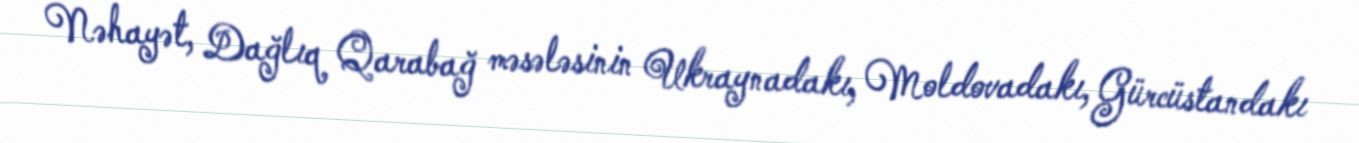
Nəhayət, Dağlıq Qarabağ məsələsinin Ukraynadakı, Moldovadakı, Gürcüstandakı